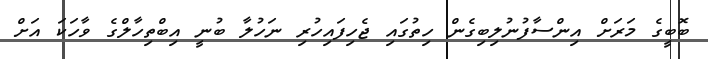
ބޮބީގެ މަރަށް އިންސާފުނުލިބިގެން ހިތުގައި ޖެހިފައިހުރި ނަހުލާ ބުނީ އިބްތިހާލްގެ ވާހަކަ އަށް